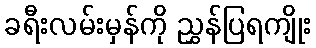
ခရီးလမ်းမှန်ကို ညွှန်ပြရကျိုး